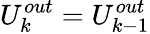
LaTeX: U_{k}^{out}=U_{k-1}^{out}